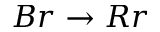
B r \rightarrow R r